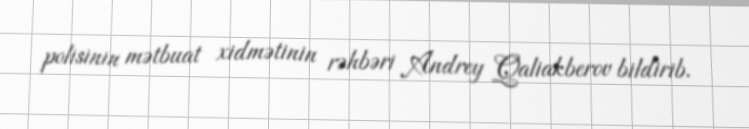
polisinin mətbuat xidmətinin rəhbəri Andrey Qaliakberov bildirib.